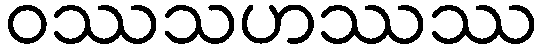
ဝဿသဟဿဿ